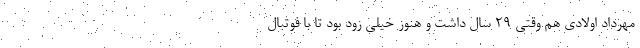
مهرداد اولادی هم وقتی ۲۹ سال داشت و هنوز خیلی زود بود تا با فوتبال